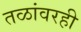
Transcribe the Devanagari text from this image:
तळांवरही